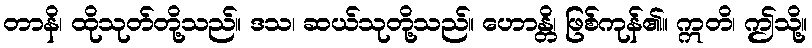
တာနိ၊ ထိုသုတ်တို့သည်။ ဒသ၊ ဆယ်သုတို့သည်။ ဟောန္တိ၊ ဖြစ်ကုန်၏။ ဣတိ၊ ဤသို့။